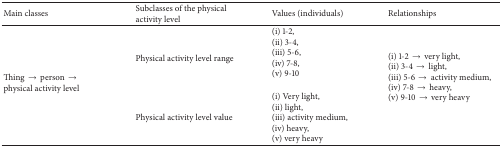
<table><thead><tr><td><b>Main classes</b></td><td><b>Subclasses of the physical activity level</b></td><td><b>Values (individuals)</b></td><td><b>Relationships</b></td></tr></thead><tbody><tr><td rowspan="2">Thing → person → physical activity level</td><td>Physical activity level range</td><td>(i) 1-2, (ii) 3-4, (iii) 5-6, (iv) 7-8, (v) 9-10 </td><td rowspan="2">(i) 1-2 → very light,(ii) 3-4 → light, (iii) 5-6 → activity medium, (iv) 7-8 → heavy, (v) 9-10 → very heavy</td></tr><tr><td>Physical activity level value</td><td>(i) Very light,(ii) light, (iii) activity medium, (iv) heavy, (v) very heavy</td></tr></tbody></table>